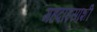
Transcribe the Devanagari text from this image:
महदाइसाशी